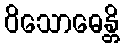
ဝိသောဓေန္တိ